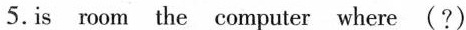
5.is room the computer where (?)